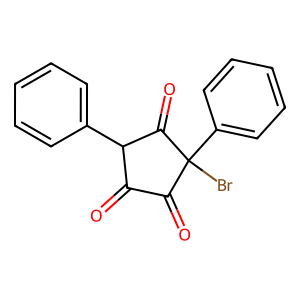
SMILES: O=C1C(=O)C(Br)(c2ccccc2)C(=O)C1c1ccccc1
Inhibits HIV replication: No